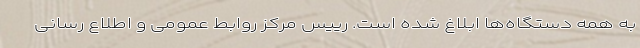
به همه دستگاه‌ها ابلاغ شده است. رییس مرکز روابط عمومی و اطلاع رسانی